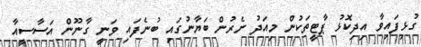
ގުޅިފައިވާ އިދިކޮޅު ޕާޓީތަކުން މިއަދު ނެރުން ބަޔާނުގައި ބުނެފައި ވަނީ ގާނޫން އަސާސީއާ